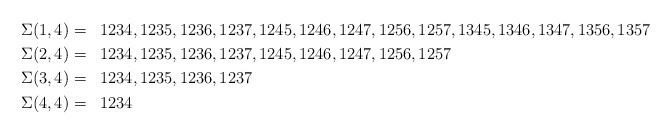
LaTeX: \begin{align*}\Sigma(1,4)=&&&1234, 1235, 1236, 1237, 1245,1246, 1247, 1256, 1257,1345,1346,1347,1356,1357\\\Sigma(2,4)=&&&1234, 1235, 1236, 1237, 1245,1246, 1247, 1256, 1257\\\Sigma(3,4)=&&&1234, 1235, 1236, 1237\\\Sigma(4,4)=&&&1234\end{align*}